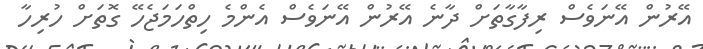
އޭރުން އޭނަވެސް ރިފާގާތަށް ދާނެ އޭރުން އޭނަވެސް އެންމެ ހިތްހަމަޖެހޭ ގޮތަށް ހުރިހާ